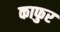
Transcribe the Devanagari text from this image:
काफुर